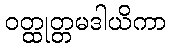
ဝတ္ထုတ္တမဒါယိကာ